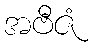
အဗီဇံ